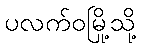
ပလက်ဝမြို့သို့